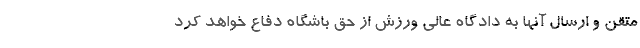
متقن و ارسال آنها به دادگاه عالی ورزش از حق باشگاه دفاع خواهد کرد